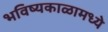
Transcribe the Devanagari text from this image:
भविष्यकाळामध्ये